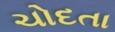
ચોદતા